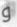
و